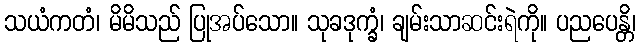
သယံကတံ၊ မိမိသည် ပြုအပ်သော။ သုခဒုက္ခံ၊ ချမ်းသာဆင်းရဲကို။ ပညပေန္တိ၊